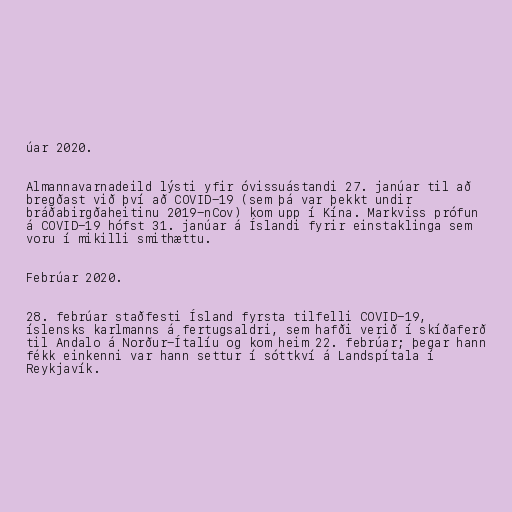
úar 2020.

Almannavarnadeild lýsti yfir óvissuástandi 27. janúar til að
bregðast við því að COVID-19 (sem þá var þekkt undir
bráðabirgðaheitinu 2019-nCov) kom upp í Kína. Markviss prófun
á COVID-19 hófst 31. janúar á Íslandi fyrir einstaklinga sem
voru í mikilli smithættu.

Febrúar 2020.

28. febrúar staðfesti Ísland fyrsta tilfelli COVID-19,
íslensks karlmanns á fertugsaldri, sem hafði verið í skíðaferð
til Andalo á Norður-Ítalíu og kom heim 22. febrúar; þegar hann
fékk einkenni var hann settur í sóttkví á Landspítala í
Reykjavík.